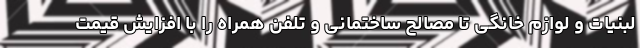
لبنیات و لوازم خانگی تا مصالح ساختمانی و تلفن همراه را با افزایش قیمت